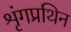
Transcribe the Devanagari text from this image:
शृंगप्रथिन